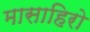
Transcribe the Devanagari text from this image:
मासाहिरो